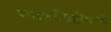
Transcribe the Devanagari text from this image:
वनस्पतीसृष्टीमध्ये